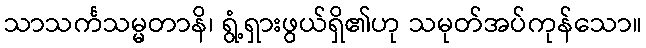
သာသင်္ကသမ္မတာနိ၊ ရွံ့ရှားဖွယ်ရှိ၏ဟု သမုတ်အပ်ကုန်သော။